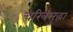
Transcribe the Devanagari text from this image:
चरित्रेसुद्धा